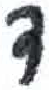
אות: ד